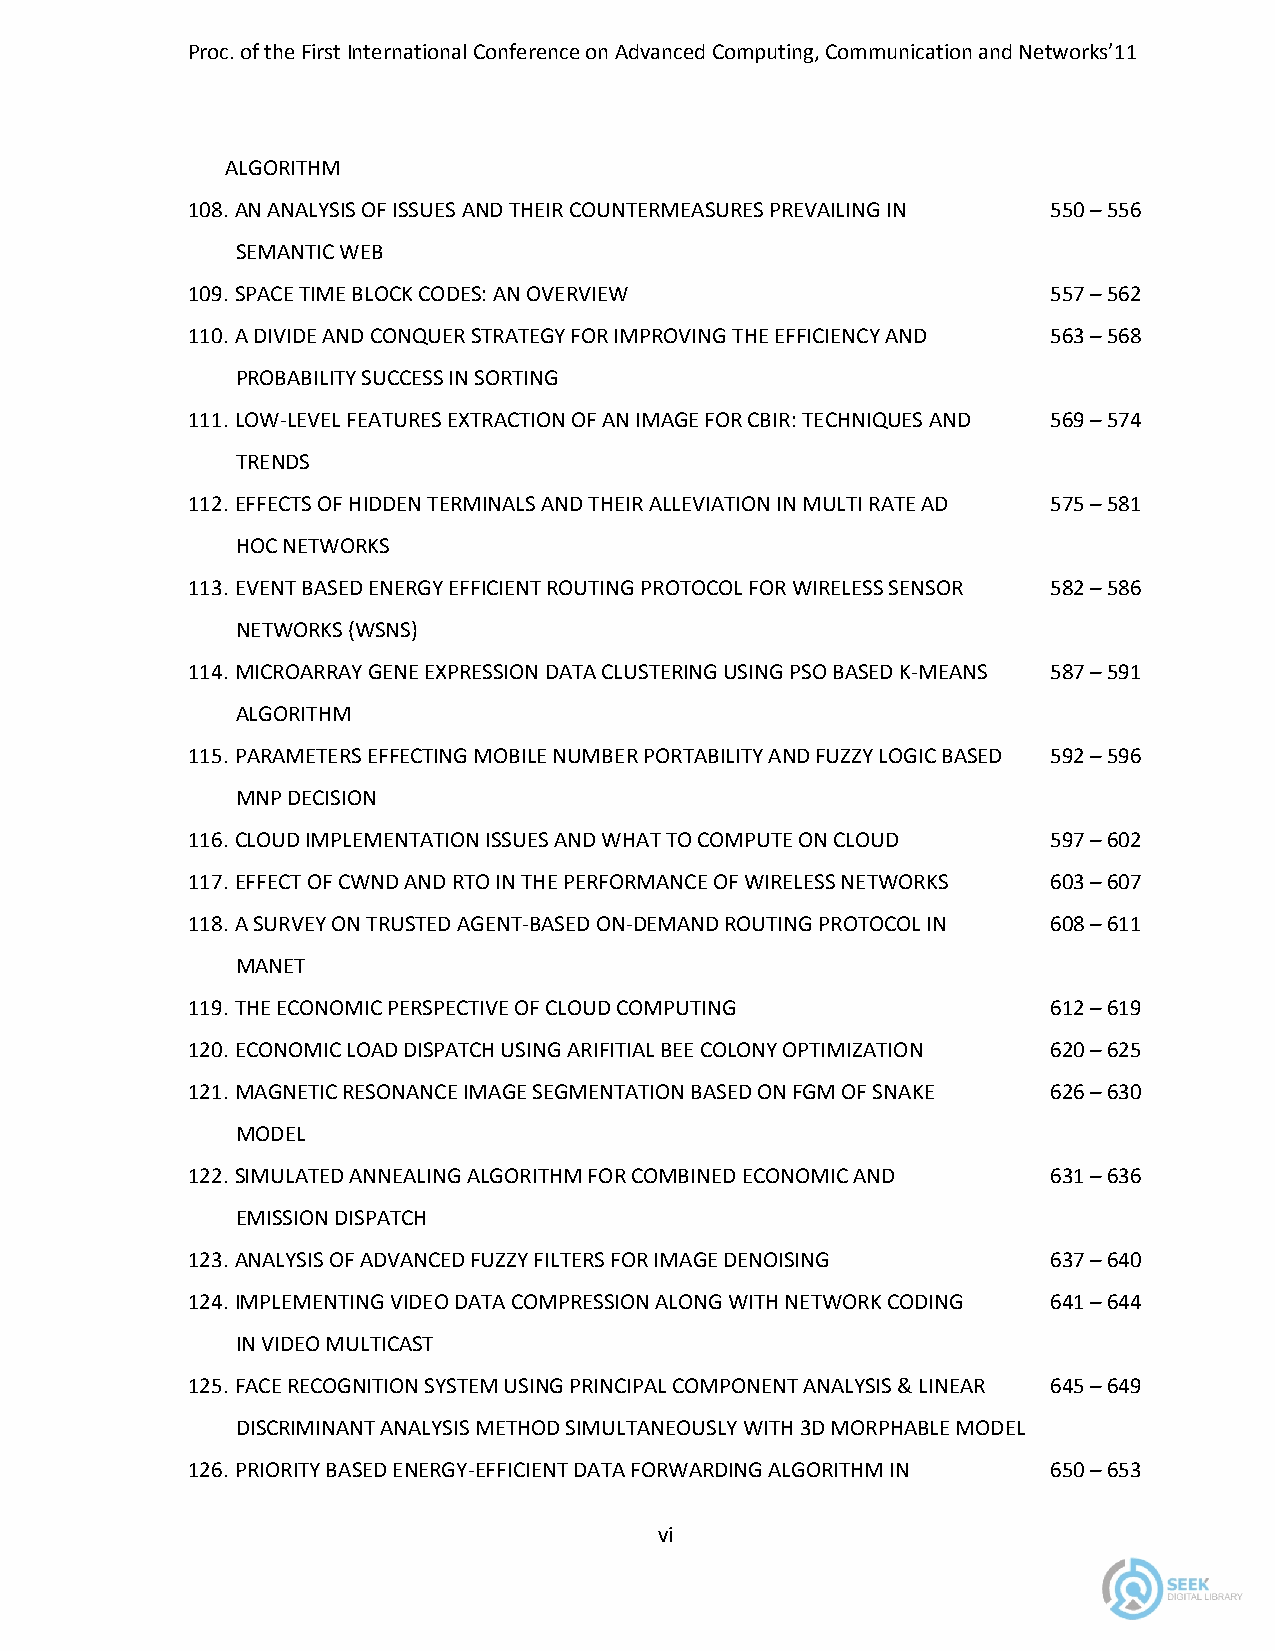
Proc. of the First International Conference on Advanced Computing, Communication and Networks’11
 ALGORITHM
 108. AN ANALYSIS OF ISSUES AND THEIR COUNTERMEASURES PREVAILING IN 550 – 556
 SEMANTIC WEB
 109. SPACE TIME BLOCK CODES: AN OVERVIEW                  557 – 562
 110. A DIVIDE AND CONQUER STRATEGY FOR IMPROVING THE EFFICIENCY AND 563 – 568
 PROBABILITY SUCCESS IN SORTING
 111. LOW-LEVEL FEATURES EXTRACTION OF AN IMAGE FOR CBIR: TECHNIQUES AND 569 – 574
 TRENDS
 112. EFFECTS OF HIDDEN TERMINALS AND THEIR ALLEVIATION IN MULTI RATE AD 575 – 581
 HOC NETWORKS
 113. EVENT BASED ENERGY EFFICIENT ROUTING PROTOCOL FOR WIRELESS SENSOR 582 – 586
 NETWORKS (WSNS)
 114. MICROARRAY GENE EXPRESSION DATA CLUSTERING USING PSO BASED K-MEANS 587 – 591
 ALGORITHM
 115. PARAMETERS EFFECTING MOBILE NUMBER PORTABILITY AND FUZZY LOGIC BASED 592 – 596
 MNP DECISION
 116. CLOUD IMPLEMENTATION ISSUES AND WHAT TO COMPUTE ON CLOUD 597 – 602
 117. EFFECT OF CWND AND RTO IN THE PERFORMANCE OF WIRELESS NETWORKS 603 – 607
 118. A SURVEY ON TRUSTED AGENT-BASED ON-DEMAND ROUTING PROTOCOL IN 608 – 611
 MANET
 119. THE ECONOMIC PERSPECTIVE OF CLOUD COMPUTING          612 – 619
 120. ECONOMIC LOAD DISPATCH USING ARIFITIAL BEE COLONY OPTIMIZATION 620 – 625
 121. MAGNETIC RESONANCE IMAGE SEGMENTATION BASED ON FGM OF SNAKE 626 – 630
 MODEL
 122. SIMULATED ANNEALING ALGORITHM FOR COMBINED ECONOMIC AND 631 – 636
 EMISSION DISPATCH
 123. ANALYSIS OF ADVANCED FUZZY FILTERS FOR IMAGE DENOISING 637 – 640
 124. IMPLEMENTING VIDEO DATA COMPRESSION ALONG WITH NETWORK CODING 641 – 644
 IN VIDEO MULTICAST
 125. FACE RECOGNITION SYSTEM USING PRINCIPAL COMPONENT ANALYSIS & LINEAR 645 – 649
 DISCRIMINANT ANALYSIS METHOD SIMULTANEOUSLY WITH 3D MORPHABLE MODEL
 126. PRIORITY BASED ENERGY-EFFICIENT DATA FORWARDING ALGORITHM IN 650 – 653
 vi